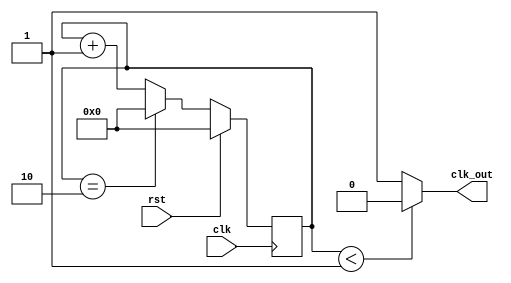
/*
   This file was generated automatically by the Mojo IDE version B1.3.5.
   Do not edit this file directly. Instead edit the original Lucid source.
   This is a temporary file and any changes made to it will be destroyed.
*/

/*
   Parameters:
     MAX_VALUE = 50000000
     DIVISOR = 2
*/
module divBlinker_4 (
    input clk,
    input rst,
    output reg clk_out
  );
  
  localparam MAX_VALUE = 26'h2faf080;
  localparam DIVISOR = 2'h2;
  
  
  reg [25:0] M_ctr_d, M_ctr_q = 1'h0;
  
  always @* begin
    M_ctr_d = M_ctr_q;
    
    M_ctr_d = M_ctr_q + 1'h1;
    if (M_ctr_q == 2'h2) begin
      M_ctr_d = 1'h0;
    end
    if (M_ctr_q < 3'h1) begin
      clk_out = 1'h0;
    end else begin
      clk_out = 1'h1;
    end
  end
  
  always @(posedge clk) begin
    if (rst == 1'b1) begin
      M_ctr_q <= 1'h0;
    end else begin
      M_ctr_q <= M_ctr_d;
    end
  end
  
endmodule